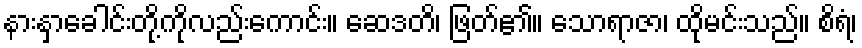
နားနှာခေါင်းတို့ကိုလည်းကောင်း။ ဆေဒတိ၊ ဖြတ်၏။ သောရာဇာ၊ ထိုမင်းသည်။ စိရံ၊